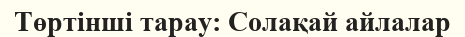
Төртінші тарау: Солақай айлалар